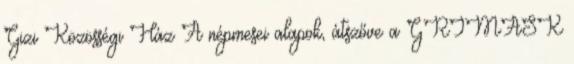
Gizi Közösségi Ház A népmesei alapok, átszőve a GRIMASK